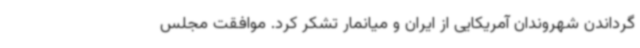
گرداندن شهروندان آمریکایی از ایران و میانمار تشکر کرد. موافقت مجلس